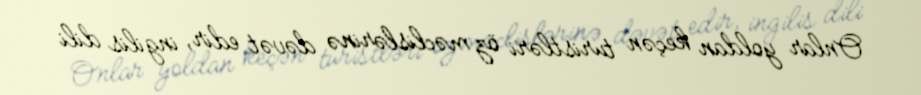
Onlar yoldan keçən turistləri öz məclislərinə dəvət edir, ingilis dili